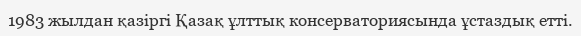
1983 жылдан қазіргі Қазақ ұлттық консерваториясында ұстаздық етті.